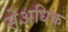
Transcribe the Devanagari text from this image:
सेअधिक